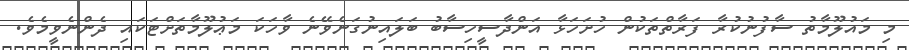
މި މައުލޫމާތު ސާފުނުކުރާ ފަރާތްތަކުން ހުށަހަޅާ އަންދާސީހިސާބު ބަލައިނުގަނެވޭނެ ވާހަކަ މަޢުލޫމާތަށްޓަކައި ދެންނެވީމެވެ.